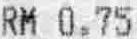
RM 0.75